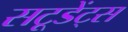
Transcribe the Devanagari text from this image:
सटूडेंट्स